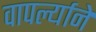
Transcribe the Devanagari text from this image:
वापर्ल्याने